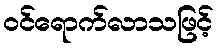
ဝင်ရောက်လာသဖြင့်